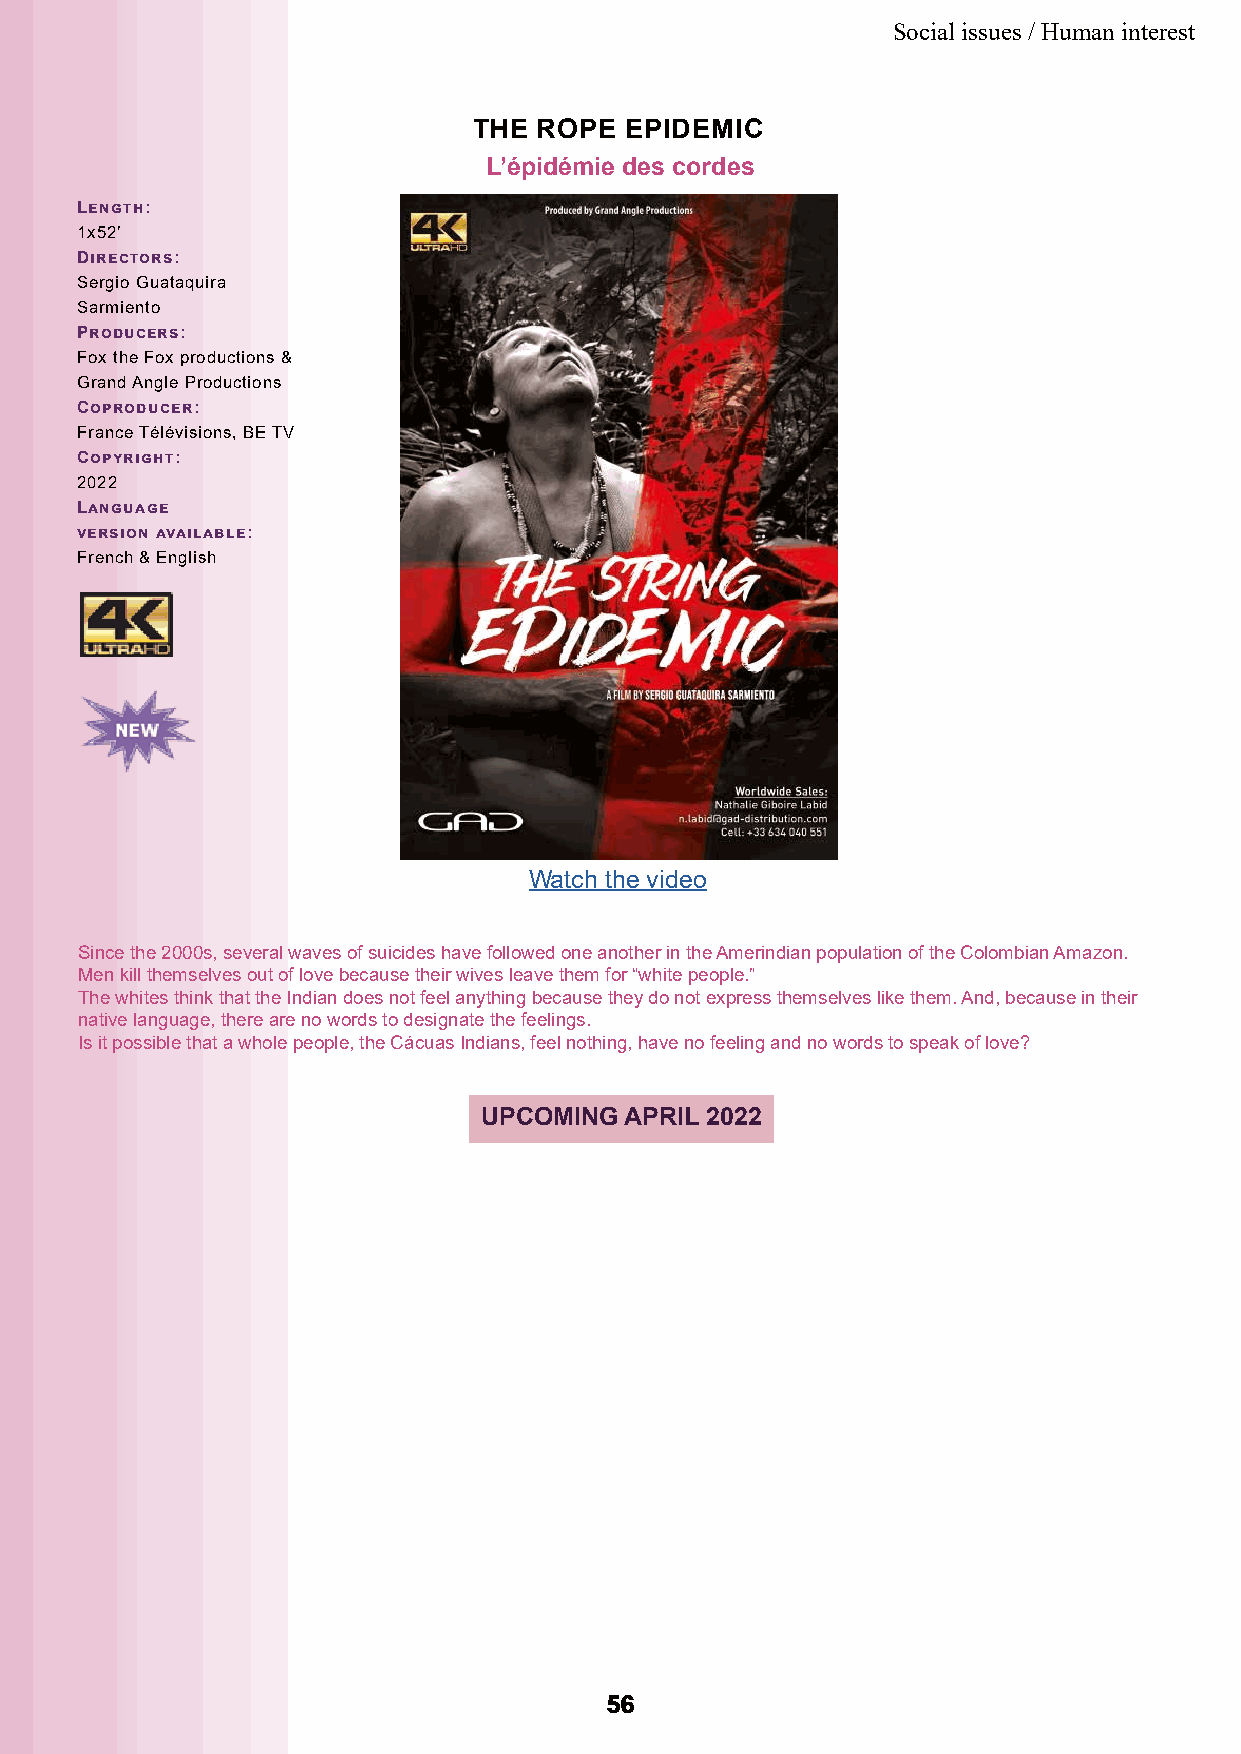
Social issues / Human interest
 THE  ROPE EPIDEMIC
 L’épidémie des cordes
 Length:
 1x52’
 Directors:
 Sergio Guataquira
 Sarmiento
 Producers:
 Fox the Fox productions &
 Grand Angle Productions
 Coproducer:
 France Télévisions, BE TV
 Copyright:
 2022
 Language
 version available:
 French & English
 Watch the video
 Since the 2000s, several waves of suicides have followed one another in the Amerindian population of the Colombian Amazon.
 Men kill themselves out of love because their wives leave them for “white people.”
 The whites think that the Indian does not feel anything because they do not express themselves like them. And, because in their
 native language, there are no words to designate the feelings.
 Is it possible that a whole people, the Cácuas Indians, feel nothing, have no feeling and no words to speak of love?
 UPCOMING APRIL 2022
 5566